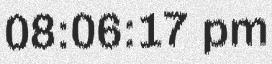
08:06:17 pm